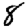
Digit: 8